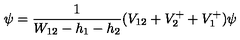
\, \psi = { \frac { 1 } { W _ { 1 2 } - h _ { 1 } - h _ { 2 } } } ( V _ { 1 2 } + V _ { 2 } ^ { + } + V _ { 1 } ^ { + } ) \psi